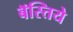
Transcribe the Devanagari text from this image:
बॅस्तिये